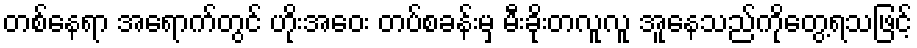
တစ်နေရာ အရောက်တွင် ဟိုးအဝေး တပ်စခန်းမှ မီးခိုးတလူလူ အူနေသည်ကိုတွေ့ရသဖြင့်